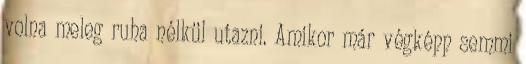
volna meleg ruha nélkül utazni. Amikor már végképp semmi